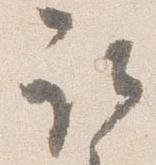
取